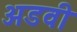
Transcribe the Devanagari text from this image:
अडवी